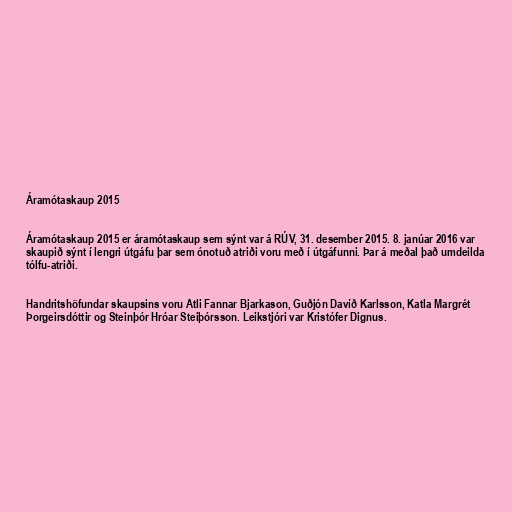
Áramótaskaup 2015

Áramótaskaup 2015 er áramótaskaup sem sýnt var á RÚV, 31. desember 2015. 8. janúar 2016 var
skaupið sýnt í lengri útgáfu þar sem ónotuð atriði voru með í útgáfunni. Þar á meðal það umdeilda
tólfu-atriði.

Handritshöfundar skaupsins voru Atli Fannar Bjarkason, Guðjón Davíð Karlsson, Katla Margrét
Þorgeirsdóttir og Steinþór Hróar Steiþórsson. Leikstjóri var Kristófer Dignus.